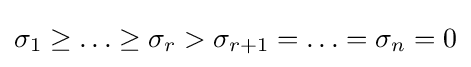
\sigma _{1}\geq \ldots \geq \sigma _{r}>\sigma _{r+1}=\ldots =\sigma _{n}=0